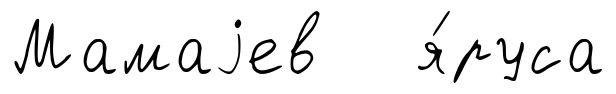
Мамаjев я́руса